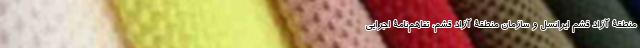
منطقۀ آزاد قشم ایرانسل و سازمان منطقۀ آزاد قشم، تفاهم‌نامۀ اجرایی